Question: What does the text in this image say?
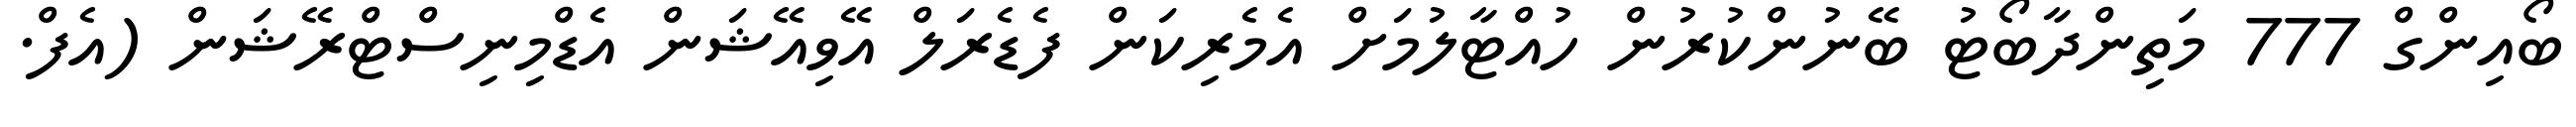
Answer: ބޯއިންގް 777 މަތިންދާބޯޓު ބޭނުންކުރުން ހުއްޓާލުމަށް އެމެރިކަން ފެޑެރަލް އޭވިއޭޝަން އެޑްމިނިސްޓްރޭޝަން (އެފް.